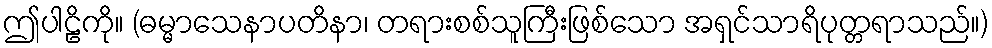
ဤပါဠိကို။ (ဓမ္မာသေနာပတိနာ၊ တရားစစ်သူကြီးဖြစ်သော အရှင်သာရိပုတ္တရာသည်။)